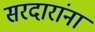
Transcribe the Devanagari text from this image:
सरदारांनां